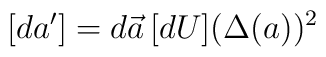
[d{a}^{\prime}]=d\vec{a}\, [dU](\Delta(a))^2